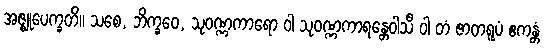
အဇ္ဈုပေက္ခတိ။ သစေ, ဘိက္ခဝေ, သုဝဏ္ဏကာရော ဝါ သုဝဏ္ဏကာရန္တေဝါသီ ဝါ တံ ဇာတရူပံ ဧကန္တံ